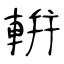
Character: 輧